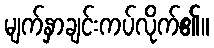
မျက်နှာချင်းကပ်လိုက်၏။